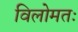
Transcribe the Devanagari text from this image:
विलोमतः